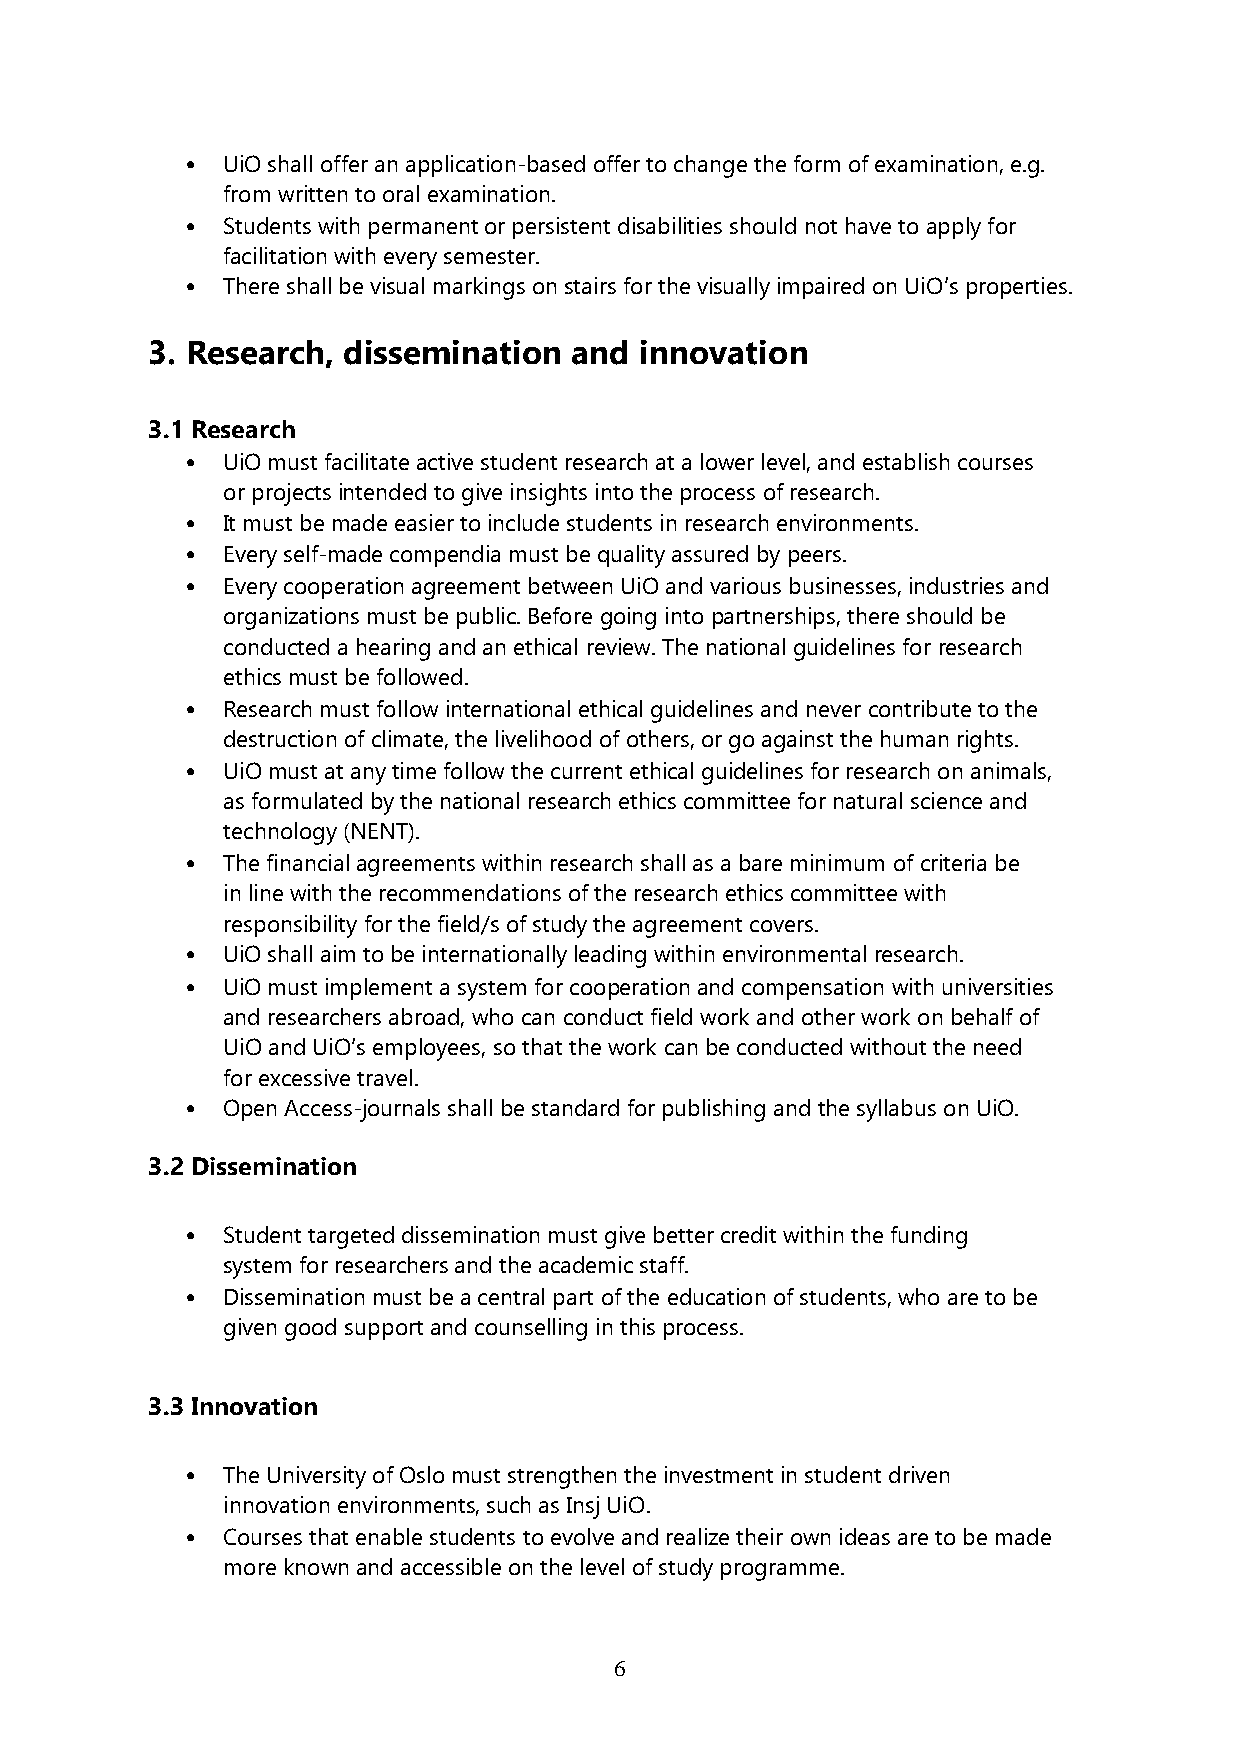
•  UiO shall offer an application-based offer to change the form of examination, e.g.
 from written to oral examination.
 •  Students with permanent or persistent disabilities should not have to apply for
 facilitation with every semester.
 •  There shall be visual markings on stairs for the visually impaired on UiO’s properties.
 3. Research, dissemination  and innovation
 3.1 Research
 •  UiO must facilitate active student research at a lower level, and establish courses
 or projects intended to give insights into the process of research.
 •  It must be made easier to include students in research environments.
 •  Every self-made compendia must be quality assured by peers.
 •  Every cooperation agreement between UiO and various businesses, industries and
 organizations must be public. Before going into partnerships, there should be
 conducted a hearing and an ethical review. The national guidelines for research
 ethics must be followed.
 •  Research must follow international ethical guidelines and never contribute to the
 destruction of climate, the livelihood of others, or go against the human rights.
 •  UiO must at any time follow the current ethical guidelines for research on animals,
 as formulated by the national research ethics committee for natural science and
 technology (NENT).
 •  The financial agreements within research shall as a bare minimum of criteria be
 in line with the recommendations of the research ethics committee with
 responsibility for the field/s of study the agreement covers.
 •  UiO shall aim to be internationally leading within environmental research.
 •  UiO must implement a system for cooperation and compensation with universities
 and researchers abroad, who can conduct field work and other work on behalf of
 UiO and UiO’s employees, so that the work can be conducted without the need
 for excessive travel.
 •  Open Access-journals shall be standard for publishing and the syllabus on UiO.
 3.2 Dissemination
 •  Student targeted dissemination must give better credit within the funding
 system for researchers and the academic staff.
 •  Dissemination must be a central part of the education of students, who are to be
 given good support and counselling in this process.
 3.3 Innovation
 •  The University of Oslo must strengthen the investment in student driven
 innovation environments, such as Insj UiO.
 •  Courses that enable students to evolve and realize their own ideas are to be made
 more known and accessible on the level of study programme.
 6